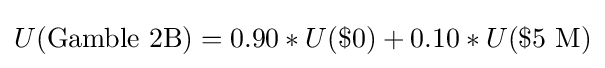
U({\text{Gamble 2B}})=0.90*U(\${\text{0}})+0.10*U(\${\text{5 M}})